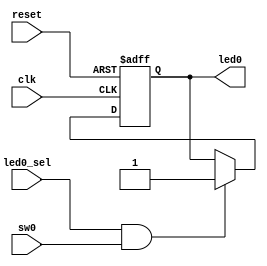
module xled (
		input 	   reset,
		input 	   clk,
		input 	   led0_sel,
	        input      sw0,
		output reg led0
		);

 always @(posedge clk,posedge reset)
   if (reset)
     led0 <= 1'b0;
   else if(led0_sel && sw0)
     led0 <= 1'b1;
     

endmodule